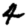
Digit: 4